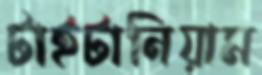
টাইটানিয়াম